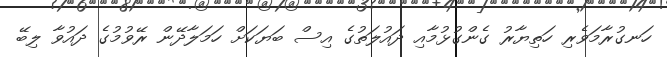
ހަނގުރާމަވެރި ހަތިޔާރު ގެންގުޅުމާއި ދައުލަތުގެ އިސް ބަޔަކަށް ހަމަލާދޭން ރޭވުމުގެ ދައުވާ ލިބޭ